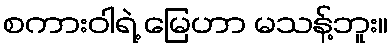
စကားဝါရဲ့ မြေဟာ မသန့်ဘူး။